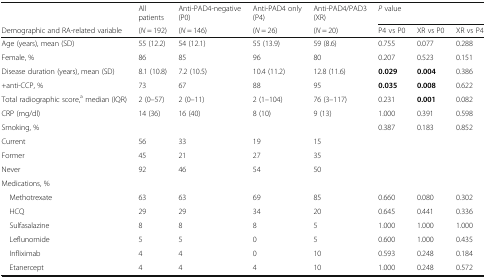
<table><thead><tr><td></td><td><b>All patients</b></td><td><b>Anti-PAD4-negative (P0)</b></td><td><b>Anti-PAD4 only (P4)</b></td><td><b>Anti-PAD4/PAD3 (XR)</b></td><td colspan="3"><b><i>P</i> value</b></td></tr><tr><td><b>Demographic and RA-related variable</b></td><td><b>(<i>N</i> = 192)</b></td><td><b>(<i>N</i> = 146)</b></td><td><b>(<i>N</i> = 26)</b></td><td><b>(<i>N</i> = 20)</b></td><td><b>P4 vs P0</b></td><td><b>XR vs P0</b></td><td><b>XR vs P4</b></td></tr></thead><tbody><tr><td>Age (years), mean (SD)</td><td>55 (12.2)</td><td>54 (12.1)</td><td>55 (13.9)</td><td>59 (8.6)</td><td>0.755</td><td>0.077</td><td>0.288</td></tr><tr><td>Female, %</td><td>86</td><td>85</td><td>96</td><td>80</td><td>0.207</td><td>0.523</td><td>0.151</td></tr><tr><td>Disease duration (years), mean (SD)</td><td>8.1 (10.8)</td><td>7.2 (10.5)</td><td>10.4 (11.2)</td><td>12.8 (11.6)</td><td><b>0.029</b></td><td><b>0.004</b></td><td>0.386</td></tr><tr><td>+anti-CCP, %</td><td>73</td><td>67</td><td>88</td><td>95</td><td><b>0.035</b></td><td><b>0.008</b></td><td>0.622</td></tr><tr><td>Total radiographic score,<sup>a</sup> median (IQR)</td><td>2 (0–57)</td><td>2 (0–11)</td><td>2 (1–104)</td><td>76 (3–117)</td><td>0.231</td><td><b>0.001</b></td><td>0.082</td></tr><tr><td>CRP (mg/dl)</td><td>14 (36)</td><td>16 (40)</td><td>8 (10)</td><td>9 (13)</td><td>1.000</td><td>0.391</td><td>0.598</td></tr><tr><td>Smoking, %</td><td></td><td></td><td></td><td></td><td>0.387</td><td>0.183</td><td>0.852</td></tr><tr><td>Current</td><td>56</td><td>33</td><td>19</td><td>15</td><td></td><td></td><td></td></tr><tr><td>Former</td><td>45</td><td>21</td><td>27</td><td>35</td><td></td><td></td><td></td></tr><tr><td>Never</td><td>92</td><td>46</td><td>54</td><td>50</td><td></td><td></td><td></td></tr><tr><td colspan="8">Medications, %</td></tr><tr><td> Methotrexate</td><td>63</td><td>63</td><td>69</td><td>85</td><td>0.660</td><td>0.080</td><td>0.302</td></tr><tr><td> HCQ</td><td>29</td><td>29</td><td>34</td><td>20</td><td>0.645</td><td>0.441</td><td>0.336</td></tr><tr><td> Sulfasalazine</td><td>8</td><td>8</td><td>8</td><td>5</td><td>1.000</td><td>1.000</td><td>1.000</td></tr><tr><td> Leflunomide</td><td>5</td><td>5</td><td>0</td><td>5</td><td>0.600</td><td>1.000</td><td>0.435</td></tr><tr><td> Infliximab</td><td>4</td><td>4</td><td>0</td><td>10</td><td>0.593</td><td>0.248</td><td>0.184</td></tr><tr><td> Etanercept</td><td>4</td><td>4</td><td>4</td><td>10</td><td>1.000</td><td>0.248</td><td>0.572</td></tr></tbody></table>